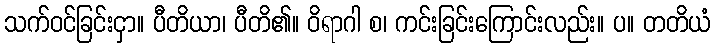
သက်ဝင်ခြင်းငှာ။ ပီတိယာ၊ ပီတိ၏။ ဝိရာဂါ စ၊ ကင်းခြင်းကြောင်းလည်း။ ပ။ တတိယံ